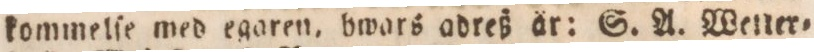
kommelſe med egaren, bwars adreß är: S. A. Wetter=